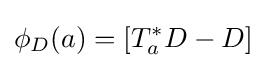
\phi _{D}(a)=[T_{a}^{*}D-D]